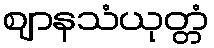
ဈာနသံယုတ္တံ